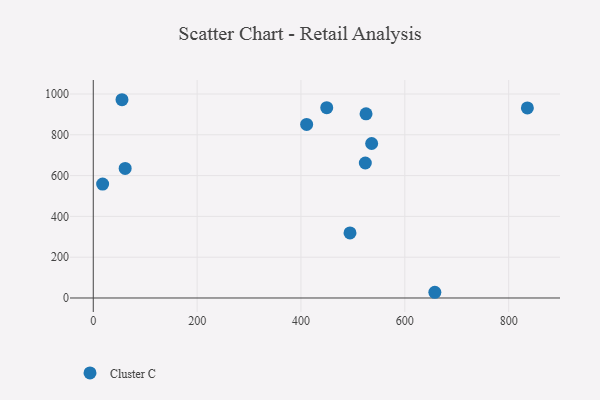
{"axis": {"x": "Price", "y": "Salary"}, "legend": ["Cluster C"], "data": [{"x": "525.3", "y": 903.0, "type": "Cluster C"}, {"x": "55.3", "y": 971.9, "type": "Cluster C"}, {"x": "536.1", "y": 757.3, "type": "Cluster C"}, {"x": "18.0", "y": 558.5, "type": "Cluster C"}, {"x": "449.6", "y": 933.0, "type": "Cluster C"}, {"x": "523.9", "y": 661.8, "type": "Cluster C"}, {"x": "657.8", "y": 28.0, "type": "Cluster C"}, {"x": "836.0", "y": 931.5, "type": "Cluster C"}, {"x": "410.9", "y": 850.6, "type": "Cluster C"}, {"x": "61.4", "y": 635.3, "type": "Cluster C"}, {"x": "494.4", "y": 318.8, "type": "Cluster C"}]}